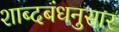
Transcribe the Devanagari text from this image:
शाब्दबंधनुसार